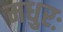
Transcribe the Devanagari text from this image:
मधुरः